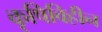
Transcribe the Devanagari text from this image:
कृषिविहीन